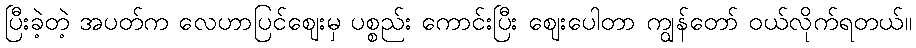
ပြီးခဲ့တဲ့ အပတ်က လေဟာပြင်ဈေးမှ ပစ္စည်း ကောင်းပြီး ဈေးပေါတာ ကျွန်တော် ဝယ်လိုက်ရတယ်။